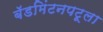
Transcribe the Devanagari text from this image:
बॅडमिंटनपटूला